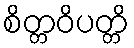
စိတ္တဝိပတ္တိ